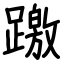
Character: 躈